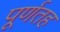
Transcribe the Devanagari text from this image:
पूर्णतह